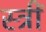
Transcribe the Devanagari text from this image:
स्त्रीं